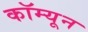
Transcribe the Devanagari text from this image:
कॉम्यून